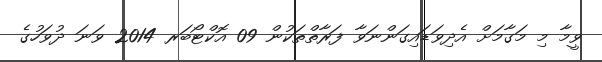
ވީމާ މި މަގާމަށް އެދިވަޑައިގަންނަވާ ފަރާތްތަކުން 09 އޮކްޓޯބަރ 2014 ވަނަ ދުވަހުގެ